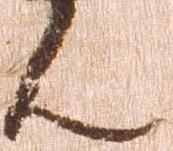
ん